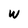
Character: W